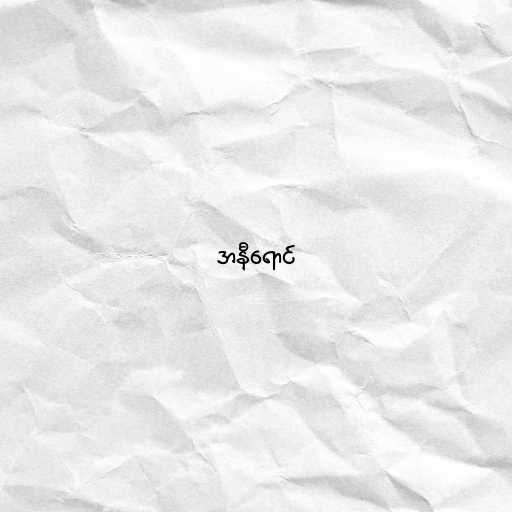
အနီရောင်